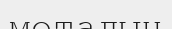
металын